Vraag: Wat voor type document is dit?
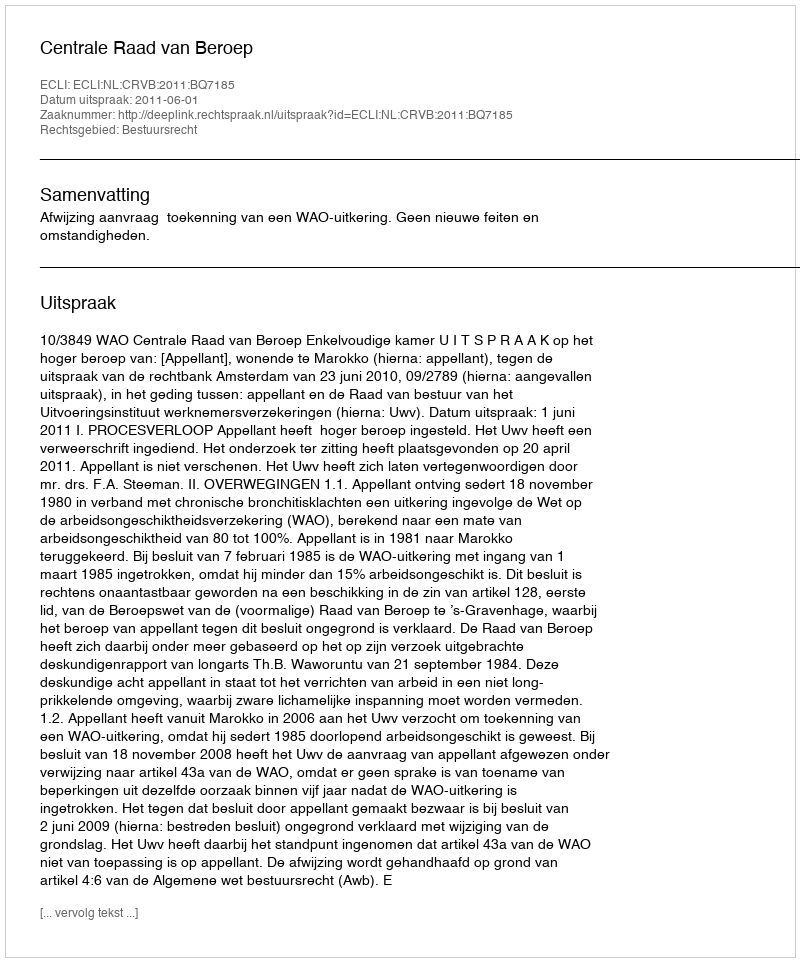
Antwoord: Uitspraak